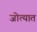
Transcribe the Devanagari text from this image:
जोत्यात